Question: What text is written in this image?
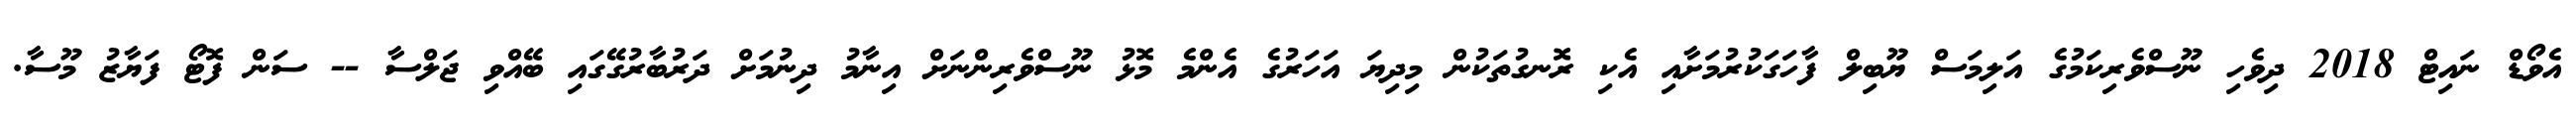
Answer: އެވޯޑް ނައިޓް 2018 ދިވެހި ނޫސްވެރިކަމުގެ އަލިމަސް ޔޫބިލް ފާހަގަކުރުމަށާއި އެކި ރޮނގުތަކުން މިދިޔަ އަހަރުގެ އެންމެ މޮޅު ނޫސްވެރިންނަށް އިނާމު ދިނުމަށް ދަރުބާރުގޭގައި ބޭއްވި ޖަލްސާ -- ސަން ފޮޓޯ ފަޔާޒު މޫސާ.